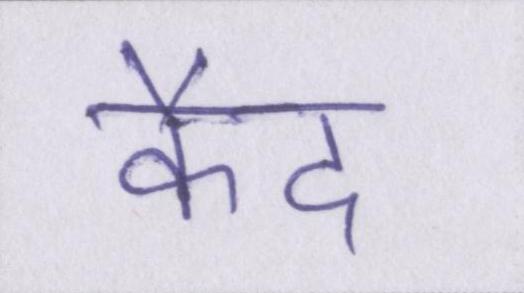
कैद